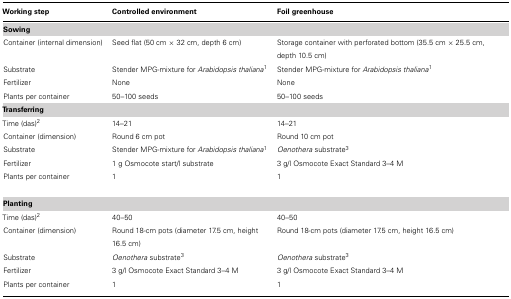
<table><thead><tr><td><b>Working step</b></td><td><b>Controlled environment</b></td><td><b>Foil greenhouse</b></td></tr></thead><tbody><tr><td><b>Sowing</b></td></tr><tr><td>Container (internal dimension)</td><td>Seed flat (50 cm × 32 cm, depth 6 cm)</td><td>Storage container with perforated bottom (35.5 cm × 25.5 cm, depth 10.5 cm)</td></tr><tr><td>Substrate</td><td>Stender MPG-mixture for <i>Arabidopsis thaliana</i><sup>1</sup></td><td>Stender MPG-mixture for <i>Arabidopsis thaliana</i><sup>1</sup></td></tr><tr><td>Fertilizer</td><td>None</td><td>None</td></tr><tr><td>Plants per container</td><td>50–100 seeds</td><td>50–100 seeds</td></tr><tr><td><b>Transferring</b></td></tr><tr><td>Time (das)<sup>2</sup></td><td>14–21</td><td>14–21</td></tr><tr><td>Container (dimension)</td><td>Round 6 cm pot</td><td>Round 10 cm pot</td></tr><tr><td>Substrate</td><td>Stender MPG-mixture for <i>Arabidopsis thaliana</i><sup>1</sup></td><td><i>Oenothera</i> substrate<sup>3</sup></td></tr><tr><td>Fertilizer</td><td>1 g Osmocote start/l substrate</td><td>3 g/l Osmocote Exact Standard 3–4 M</td></tr><tr><td>Plants per container</td><td>1</td><td>1</td></tr><tr><td><b>Planting</b></td></tr><tr><td>Time (das)<sup>2</sup></td><td>40–50</td><td>40–50</td></tr><tr><td>Container (dimension)</td><td>Round 18-cm pots (diameter 17.5 cm, height 16.5 cm)</td><td>Round 18-cm pots (diameter 17.5 cm, height 16.5 cm)</td></tr><tr><td>Substrate</td><td><i>Oenothera</i> substrate<sup>3</sup></td><td><i>Oenothera</i> substrate<sup>3</sup></td></tr><tr><td>Fertilizer</td><td>3 g/l Osmocote Exact Standard 3–4 M</td><td>3 g/l Osmocote Exact Standard 3–4 M</td></tr><tr><td>Plants per container</td><td>1</td><td>1</td></tr></tbody></table>